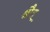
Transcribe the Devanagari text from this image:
श्रौत्